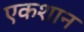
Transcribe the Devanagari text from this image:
एकशान